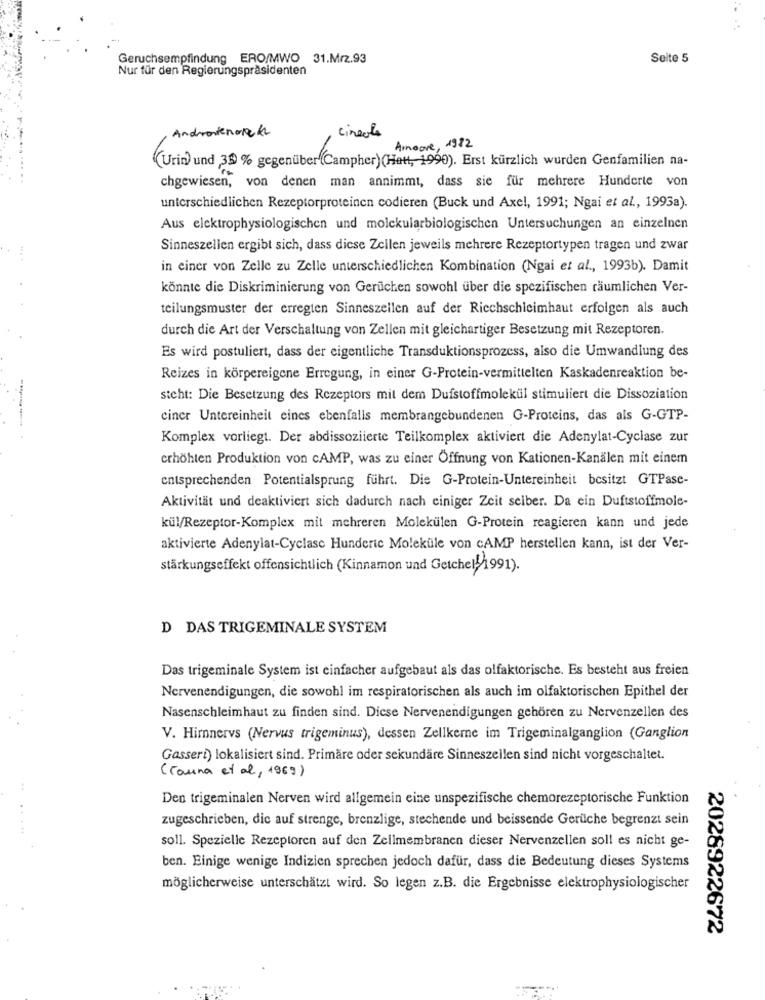
Geruchsempfindung ERO/MWO 31.Mrz.93
Seite 5
Nur für den Regierungspräsidenten
cincole
Andrantenorek
Amoore, 1982
(Urin) und 30 % gegenüber (Campher)(Hatt, 1990). Erst kürzlich wurden Genfamilien na-
chgewiesen, von denen man annimmt, dass sie für mehrere Hunderte von
unterschiedlichen Rezeptorproteinen codieren (Buck und Axel, 1991; Ngai et al ., 1993a).
Aus elektrophysiologischen und molekularbiologischen Untersuchungen an einzelnen
Sinneszellen ergibt sich, dass diese Zellen jeweils mehrere Rezeptortypen tragen und zwar
in einer von Zelle zu Zelle unterschiedlichen Kombination (Ngai et al ., 1993b). Damit
könnte die Diskriminierung von Gerüchen sowohl über die spezifischen räumlichen Ver-
teilungsmuster der erregten Sinneszellen auf der Riechschleimhaut erfolgen als auch
durch die Art der Verschaltung von Zellen mit gleichartiger Besetzung mit Rezeptoren.
Es wird postuliert, dass der eigentliche Transduktionsprozess, also die Umwandlung des
Reizes in körpereigene Erregung, in einer G-Protein-vermittelten Kaskadenreaktion be-
steht: Die Besetzung des Rezeptors mit dem Dufstoffmolekül stimuliert die Dissoziation
ciner Untereinheit cines ebenfalls membrangebundenen G-Proteins, das als G-GTP-
Komplex vorliegt. Der abdissoziierte Teilkomplex aktiviert die Adenylat-Cyclase zur
crhöhten Produktion von CAMP, was zu einer Öffnung von Kationen-Kanälen mit einem
entsprechenden Potentialsprung führt. Die G-Protein-Untereinheit besitzt GTPase-
Aktivität und deaktiviert sich dadurch nach einiger Zeit selber. Da ein Duftstoffmole-
kül/Rezeptor-Komplex mit mehreren Molekülen G-Protein reagieren kann und jede
aktivierte Adenylat-Cyclasc Hunderic Moleküle von CAMP herstellen kann, ist der Ver-
stärkungseffekt offensichtlich (Kinnamon und Getchel41991).
D DAS TRIGEMINALE SYSTEM
Das trigeminale System ist einfacher aufgebaut als das olfaktorische. Es besteht aus freien
Nervenendigungen, die sowohl im respiratorischen als auch im olfaktorischen Epithel der
Nasenschleimhaut zu finden sind. Diese Nervenendigungen gehören zu Nervenzellen des
V. Hirnervs (Nervus trigeminus), dessen Zellkerne im Trigeminalganglion (Ganglion
Gasseri) lokalisiert sind. Primäre oder sekundäre Sinneszellen sind nicht vorgeschaltet.
(Cauna et al, 1969)
Den trigeminalen Nerven wird allgemein eine unspezifische chemorezeptorische Funktion
zugeschrieben, die auf strenge, brenzlige, stechende und beissende Gerüche begrenzt sein
soll. Spezielle Rezeptoren auf den Zellmembranen dieser Nervenzellen soll es nicht ge-
ben. Einige wenige Indizien sprechen jedoch dafür, dass die Bedeutung dieses Systems
möglicherweise unterschätzt wird. So legen z.B. die Ergebnisse elektrophysiologischer
2028922672